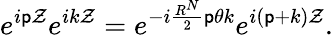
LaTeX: e^{i\mathsf{p}\mathcal{Z}}e^{ik\mathcal{Z}}=e^{-i\frac{{R^{N}}}{{2}}\mathsf{p}{\theta}k}e^{i(\mathsf{p}+k)\mathcal{Z}}.